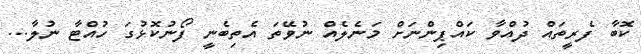
ކޮބާ ފެރީތައް ދުއްވާ ކައްޕިންނަށް މަނެލެއް ނުވޭތަ އެތިބެނީ ފޯނުކޮޅުގަ ހުއްޓާ ނުލާ...